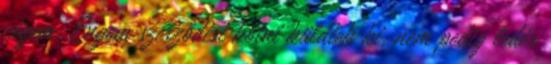
cégem. Engem szerződést kötni küldtek ki, nem pedig ledér